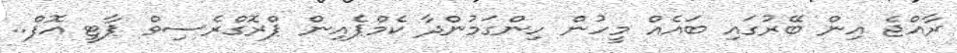
ރާއްޖެ އިން ބޭރުގައި ބައެއް މީހުން ހިންގަމުންދާ ކެމްޕެއިން ޕްރޮގްރެސިވް ޕާޓީ އޮފް..